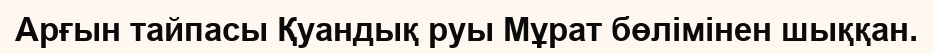
Арғын тайпасы Қуандық руы Мұрат бөлімінен шыққан.